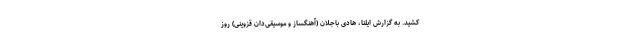
کشید. به گزارش ایلنا، هادی باجلان (آهنگساز و موسیقی‌دان قزوینی) روز